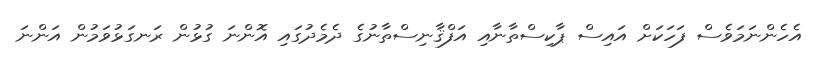
އެހެންނަމަވެސް ފަހަކަށް އައިސް ޕާކިސްތާނާއި އަފްޤާނިސްތާނުގެ ދެމެދުގައި އޮންނަ ގުޅުން ރަނގަޅުވަމުން އަންނަ